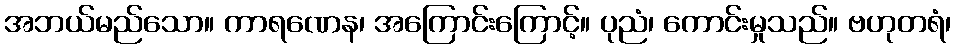
အဘယ်မည်သော။ ကာရဏေန၊ အကြောင်းကြောင့်။ ပုညံ၊ ကောင်းမှုသည်။ ဗဟုတရံ၊